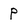
Character: p